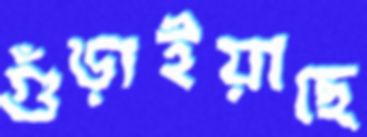
গুঁড়াইয়াছে